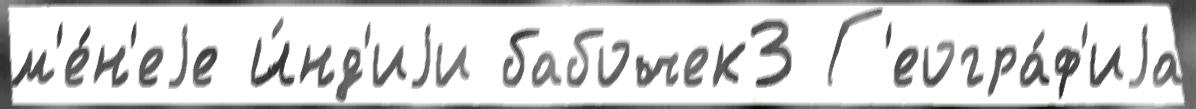
м'е́н'еjе И́нд'иjи бабочек3 Г'еогра́ф'иjа